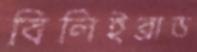
বিলিইব্রাড